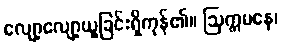
လျော့လျော့ယူခြင်းရှိကုန်၏။ ဩက္ကမနေ၊